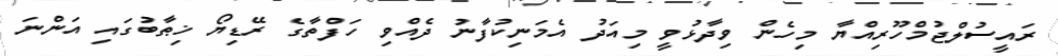
ރައީސުލްޖުމްހޫރިއްޔާ މިހެން ވިދާޅުވީ މިއަދު އެމަނިކުފާނު ދެއްވި ހަފްތާގެ ރޭޑިޔޯ ޚިޠާބުގައި އަންނަ